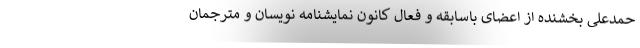
حمدعلی بخشنده از اعضای باسابقه و فعال کانون نمایشنامه نویسان و مترجمان